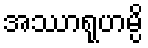
အဿာရုဟမ္ပိ